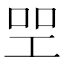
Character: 𠱯